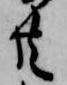
共